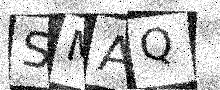
Text: SMAQ